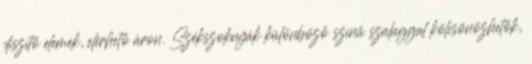
díszítő elemek, elérhető áron. Székszoknyák különböző színű szalaggal kölcsönözhetők,